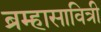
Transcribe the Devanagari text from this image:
ब्रम्हासावित्री